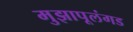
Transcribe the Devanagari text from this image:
मुझापूलंगड